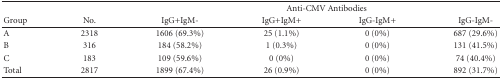
<table><thead><tr><td></td><td></td><td colspan="4"><b>Anti-CMV Antibodies</b></td></tr><tr><td><b>Group</b></td><td><b>No.</b></td><td><b>IgG+IgM- </b></td><td><b>IgG+IgM+</b></td><td><b>IgG-IgM+</b></td><td><b>IgG-IgM-</b></td></tr></thead><tbody><tr><td>A</td><td>2318</td><td>1606 (69.3%)</td><td>25 (1.1%)</td><td>0 (0%)</td><td>687 (29.6%)</td></tr><tr><td>B</td><td>316</td><td>184 (58.2%)</td><td>1 (0.3%)</td><td>0 (0%)</td><td>131 (41.5%)</td></tr><tr><td>C</td><td>183</td><td>109 (59.6%)</td><td>0 (0%)</td><td>0 (0%)</td><td>74 (40.4%)</td></tr><tr><td>Total</td><td>2817</td><td>1899 (67.4%)</td><td>26 (0.9%)</td><td>0 (0%)</td><td>892 (31.7%)</td></tr></tbody></table>